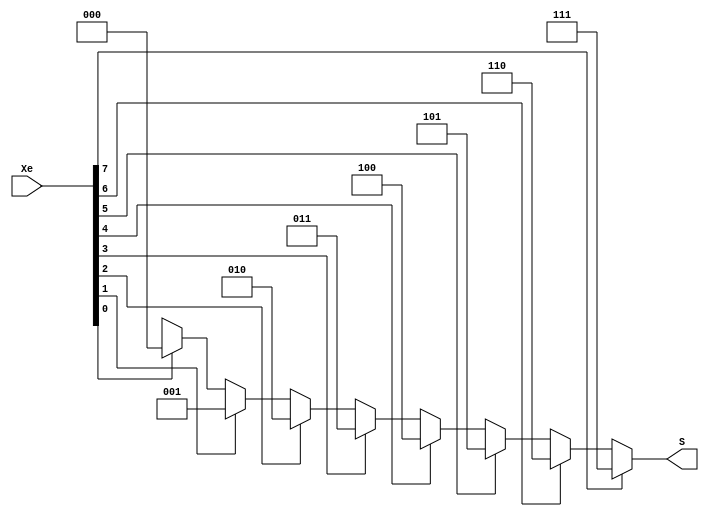
`timescale 1ns / 1ps
//////////////////////////////////////////////////////////////////////////////////
// Company: 
// Engineer: 
// 
// Design Name: 
// Module Name: Enncoder
// Project Name: 
// Target Devices: 
// Tool Versions: 
// Description: 
// 
// Dependencies: 
// 
// Revision:
// Revision 0.01 - File Created
// Additional Comments:
// 
//////////////////////////////////////////////////////////////////////////////////


module Encoder(
 input [7:0] Xe,
 output [2:0] S
    );
    
     assign S =
         (Xe[7] == 1'b1) ? 3'b111:
         (Xe[6] == 1'b1) ? 3'b110:
         (Xe[5] == 1'b1) ? 3'b101:
         (Xe[4] == 1'b1) ? 3'b100:
         (Xe[3] == 1'b1) ? 3'b011:
         (Xe[2] == 1'b1) ? 3'b010:
         (Xe[1] == 1'b1) ? 3'b001:
         (Xe[0] == 1'b1) ? 3'b000: 3'bxxx; // 3'bxxx  if none of this happened s= xxx which that willnot happen because it must be one of them

    
    


endmodule